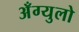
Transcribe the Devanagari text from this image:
अँग्युलो